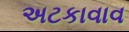
અટકાવાવ